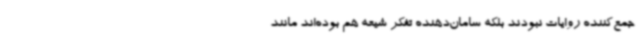
جمع‌کننده روایات نبودند بلکه سامان‌دهنده تفکر شیعه هم بوده‌اند مانند